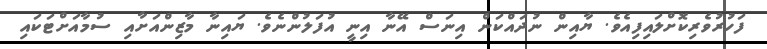
ފަހުރުވެރިކޮށްލައިފިއެވެ. ޔާއިން ނުދައްކަން އިނަސް އޭނާ އިނީ އުފަލުންނެވެ. ޔައިނާ މާޒިންއަށާއި ސުމާއަށްޓަކައި